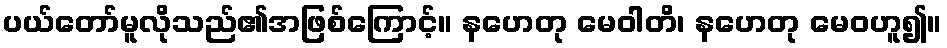
ပယ်တော်မူလိုသည်၏အဖြစ်ကြောင့်။ နဟေတု မေဝါတိ၊ နဟေတု မေဝဟူ၍။